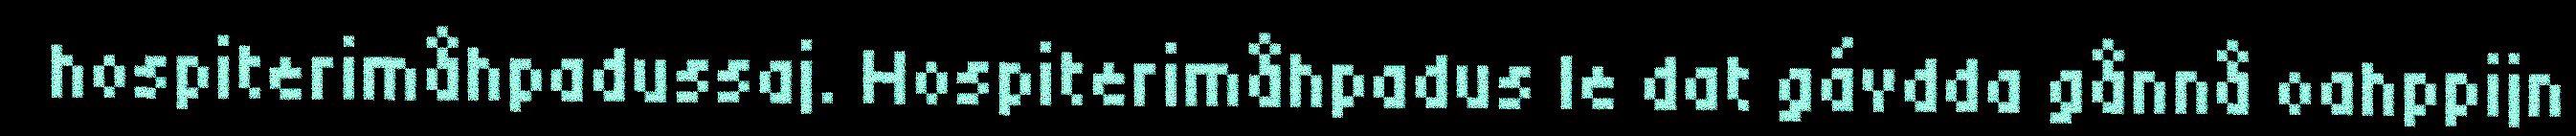
hospiterimåhpadussaj. Hospiterimåhpadus le dat gávdda gånnå oahppijn